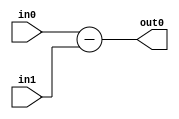
module sub (input wire [7:0]in0,
				input wire [7:0]in1,
				output wire [7:0]out0);
assign out0 = in0 - in1;
endmodule